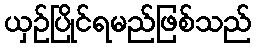
ယှဉ်ပြိုင်ရမည်ဖြစ်သည်